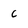
Character: c